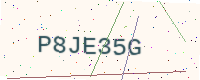
Text: P8JE35G